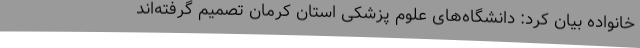
خانواده بیان کرد: دانشگاه‌های علوم پزشکی استان کرمان تصمیم گرفته‌اند